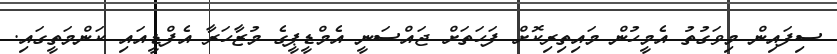
ސިފައިން މިވަގުތު އެމީހުން މައިތިރިކޮށް ފަހަތަށް ޖައްސަނީ އެމްޑީޕީގެ މުޒާހަރާ އެފްޑީއައި ކަންމަތީގައި.